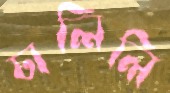
ঢালিলি